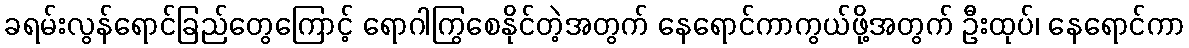
ခရမ်းလွန်ရောင်ခြည်တွေကြောင့် ရောဂါကြွစေနိုင်တဲ့အတွက် နေရောင်ကာကွယ်ဖို့အတွက် ဦးထုပ်၊ နေရောင်ကာ